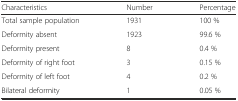
<table><thead><tr><td><b>Characteristics</b></td><td><b>Number</b></td><td><b>Percentage</b></td></tr></thead><tbody><tr><td>Total sample population</td><td>1931</td><td>100 %</td></tr><tr><td>Deformity absent</td><td>1923</td><td>99.6 %</td></tr><tr><td>Deformity present</td><td>8</td><td>0.4 %</td></tr><tr><td>Deformity of right foot</td><td>3</td><td>0.15 %</td></tr><tr><td>Deformity of left foot</td><td>4</td><td>0.2 %</td></tr><tr><td>Bilateral deformity</td><td>1</td><td>0.05 %</td></tr></tbody></table>